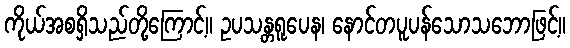
ကိုယ်အစရှိသည်တို့ကြောင့်။ ဥပသန္တရူပေန၊ နောင်တပူပန်သောသဘောဖြင့်။